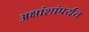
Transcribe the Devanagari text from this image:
अक्षांशांपर्यंत